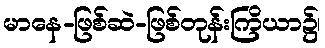
မာနေ-ဖြစ်ဆဲ-ဖြစ်တုန်းကြိယာ၌၊